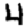
Digit: 4